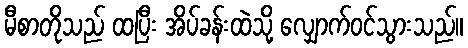
မီစာတိုသည် ထပြီး အိပ်ခန်းထဲသို့ လျှောက်ဝင်သွားသည်။